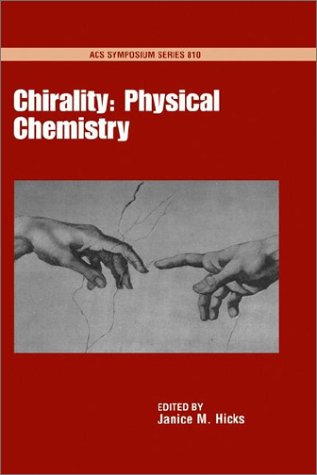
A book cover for The Physical Chemistry of Chirality; Science & Math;